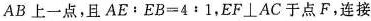
AB上一点，且$$A E ﹔ E B = 4 ﹔ 1$$，EF⊥AC于点F，连接